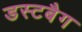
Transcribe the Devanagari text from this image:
डस्टबैग